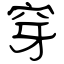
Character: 穿